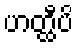
ဟတ္ထီပိ